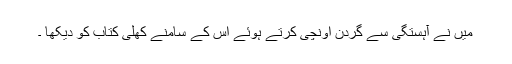
میں نے آہستگی سے گردن اونچی کرتے ہوئے اس کے سامنے کھلی کتاب کو دیکھا ۔